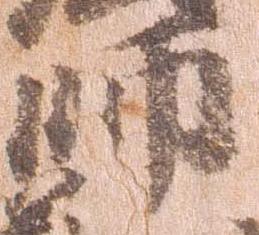
師